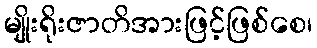
မျိုးရိုးဇာတိအားဖြင့်ဖြစ်စေ၊